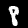
Digit: 8